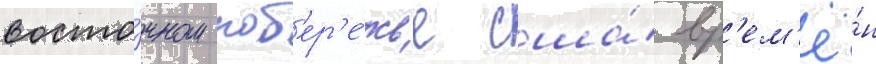
восто́чном поб'ер'е́жье сша́ вр'ем'ё́н